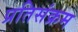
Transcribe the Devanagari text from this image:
प्रतिसंक्रम